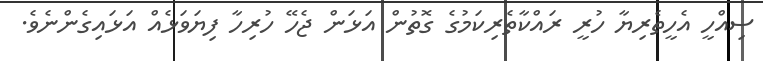
ސިއްހީ އެހީތެރިޔާ ހުރީ ރައްކާތެރިކަމުގެ ގޮތުން އަޅަން ޖެހޭ ހުރިހާ ފިޔަވަޅެއް އަޅައިގެންނެވެ.